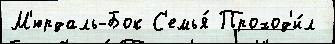
М'юрдаль-Бок С'емья́ Проход'и́л